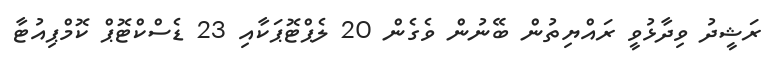
ރަޝީދު ވިދާޅުވީ ރައްޔިތުން ބޭނުން ވެގެން 20 ލެޕްޓޮޕަކާއި 23 ޑެސްކްޓޮޕް ކޮމްޕިއުޓާ